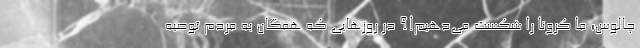
چالوس؛ ما کرونا را شکست می‌دهیم!؟ در روزهایی که همگان به مردم توصیه